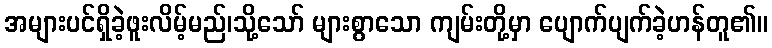
အများပင်ရှိခဲ့ဖူးလိမ့်မည်၊သို့သော် များစွာသော ကျမ်းတို့မှာ ပျောက်ပျက်ခဲ့ဟန်တူ၏။